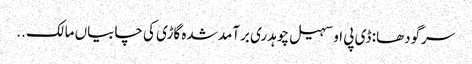
سرگودھا: ڈی پی او سہیل چوہدری برآمد شدہ گاڑی کی چابیاں مالک ..